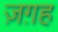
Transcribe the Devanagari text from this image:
ज़ग़ह